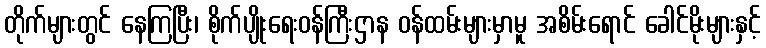
တိုက်များတွင် နေကြပြီး၊ စိုက်ပျိုးရေးဝန်ကြီးဌာန ဝန်ထမ်းများမှာမူ အစိမ်းရောင် ခေါင်မိုးများနှင့်